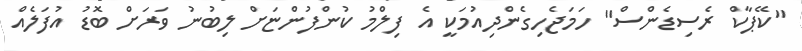
"ކޭޕާކް ރެސިޑެންސް" ހަމަޖެހިގެންދިއުމަކީ އެ ފިލްމު ކުންފުންޏަށް ލިބުނު ވަރަށް ބޮޑު އުފަލެއް